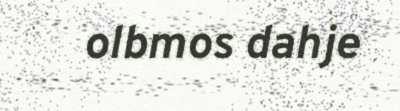
olbmos dahje